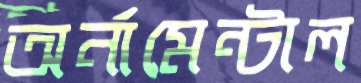
অর্নামেন্টাল